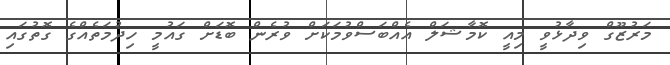
މަރުޒޫގް ވިދާޅުވީ މިއީ ކޮމާޝަލް އެއްބަސްވުމަކަށް ވުރެން ބޮޑަށް ގައުމީ ހިދުމަތެއްގެ ގޮތުގައި